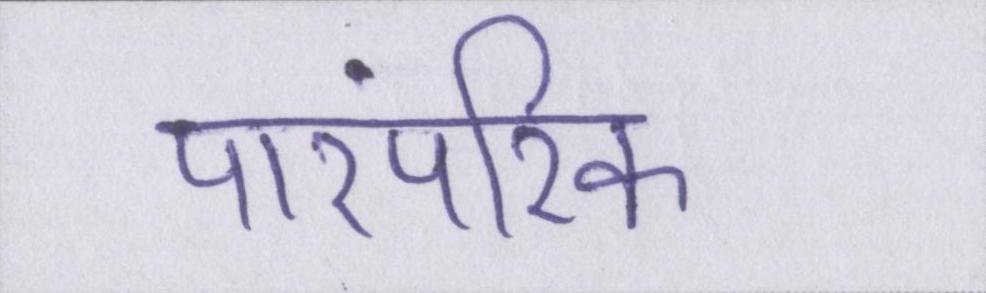
पारंपरिक